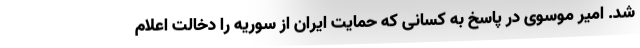
شد. امیر موسوی در پاسخ به کسانی که حمایت ایران از سوریه را دخالت اعلام